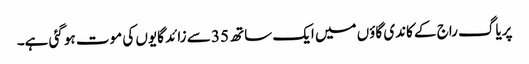
پریاگ راج کے کاندی گاؤں میں ایک ساتھ 35 سے زائد گایوں کی موت ہو گئی ہے۔